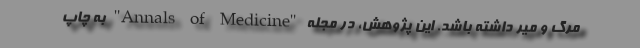
مرگ و میر داشته باشد. این پژوهش، در مجله "Annals of Medicine" به چاپ